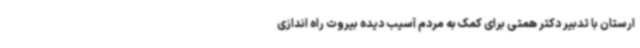
ارستان با تدبیر دکتر همتی برای کمک به مردم آسیب دیده بیروت راه اندازی